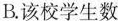
B.该校学生数